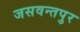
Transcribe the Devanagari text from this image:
जसवन्तपुर